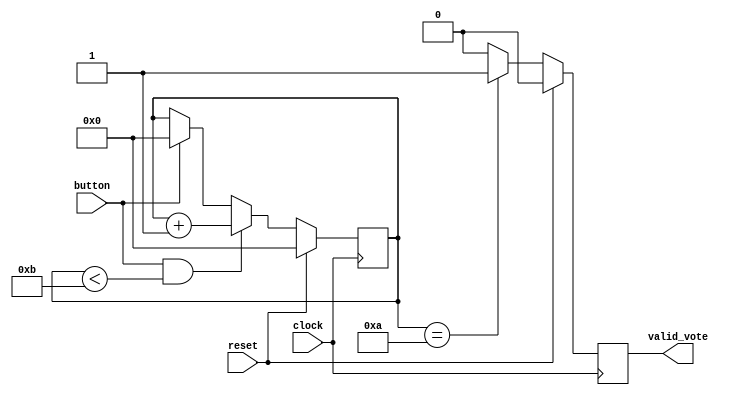
module button_control(
input clock,
input reset,
input button,
output reg valid_vote);
reg [30:0]counter;
always@(posedge clock)
begin
  if(reset)
    counter<=0;
  else
    begin
	   if(button & counter<11)
		  counter<=counter+1;
		else if(button)
		  counter<=0;
	 end
end
always@(posedge clock)
begin 
  if(reset)
    valid_vote<=1'b0;
  else
    begin 
	   if(counter==10)
		  valid_vote<=1'b1;
		else
		  valid_vote<=1'b0;
	 end
end
endmodule
module votelogger(
input clock,
input reset,
input mode,
input cand1_vote_valid,
input cand2_vote_valid,
input cand3_vote_valid,
input cand4_vote_valid,
output reg [7:0]cand1_vote_recvd,
output reg [7:0]cand2_vote_recvd,
output reg [7:0]cand3_vote_recvd,
output reg [7:0]cand4_vote_recvd);
always@(posedge clock)
begin
 if(reset)
  begin
    cand1_vote_recvd<=0;
	 cand2_vote_recvd<=0;
	 cand3_vote_recvd<=0;
	 cand4_vote_recvd<=0;
  end
 else
  begin
   if(cand1_vote_valid & mode==0)
	  cand1_vote_recvd<=cand1_vote_recvd+1;
	else if(cand2_vote_valid & mode==0)
	  cand2_vote_recvd<=cand2_vote_recvd+1;
	else if(cand3_vote_valid & mode==0)
	  cand3_vote_recvd<=cand3_vote_recvd+1;
	else if(cand4_vote_valid & mode==0)
	  cand4_vote_recvd<=cand4_vote_recvd+1;
  end
end
endmodule
module modecontrol(
input clock,
input reset,
input mode,
input valid_vote_casted,
input [7:0]candidate1_vote,
input [7:0]candidate2_vote,
input [7:0]candidate3_vote,
input [7:0]candidate4_vote,
input candidate1_button_press,
input candidate2_button_press,
input candidate3_button_press,
input candidate4_button_press,
output reg [7:0]leds);
reg [30:0]counter;
always@(posedge clock)
begin 
 if(reset)
   counter<=0;
 else if(valid_vote_casted)
   counter<=counter+1;
 else if(counter!=0 & counter<10)
   counter<=counter+1;
 else
   counter<=0;
end
always@(posedge clock)
begin 
 if(reset)
  leds<=0;
 else
  begin
    if(mode==0 & counter>0)
	   leds<=8'hff;
	 else if(mode==0)
	   leds<=8'h00;
	 else if(mode==1)
	  begin 
	    if(candidate1_button_press)
		  leds<=candidate1_vote;
		 else if(candidate2_button_press)
		  leds<=candidate2_vote;
		 else if(candidate3_button_press)
		  leds<=candidate3_vote;
		 else if(candidate4_button_press)
		  leds<=candidate4_vote;
	  end
	end
end
endmodule
module votingmachine(
input clock,
input reset,
input mode,
input button1,
input button2,
input button3,
input button4,
output [7:0]cand1_vote_recvd,
output [7:0]cand2_vote_recvd,
output [7:0]cand3_vote_recvd,
output [7:0]cand4_vote_recvd,
output [7:0]led);
wire valid_vote1;
wire valid_vote2;
wire valid_vote3;
wire valid_vote4;
wire anyvalidvote;
assign anyvalidvote=valid_vote1|valid_vote2|valid_vote3|valid_vote4;
button_control bc1(
.clock(clock),
.reset(reset),
.button(button1),
.valid_vote(valid_vote1));
button_control bc2(
.clock(clock),
.reset(reset),
.button(button2),
.valid_vote(valid_vote2));
button_control bc3(
.clock(clock),
.reset(reset),
.button(button3),
.valid_vote(valid_vote3));
button_control bc4(
.clock(clock),
.reset(reset),
.button(button4),
.valid_vote(valid_vote4));
votelogger vl(
.clock(clock),
.reset(reset),
.mode(mode),
.cand1_vote_valid(valid_vote1),
.cand2_vote_valid(valid_vote2),
.cand3_vote_valid(valid_vote3),
.cand4_vote_valid(valid_vote4),
.cand1_vote_recvd(cand1_vote_recvd),
.cand2_vote_recvd(cand2_vote_recvd),
.cand3_vote_recvd(cand3_vote_recvd),
.cand4_vote_recvd(cand4_vote_recvd));
modecontrol vc(
.clock(clock),
.reset(reset),
.mode(mode),
.valid_vote_casted(anyvalidvote),
.candidate1_vote(cand1_vote_recvd),
.candidate2_vote(cand2_vote_recvd),
.candidate3_vote(cand3_vote_recvd),
.candidate4_vote(cand4_vote_recvd),
.candidate1_button_press(valid_vote1),
.candidate2_button_press(valid_vote2),
.candidate3_button_press(valid_vote3),
.candidate4_button_press(valid_vote4),
.leds(led));
endmodule